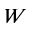
W